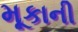
મૂકાની